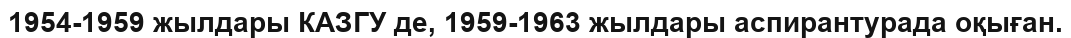
1954-1959 жылдары КАЗГУ де, 1959-1963 жылдары аспирантурада оқыған.